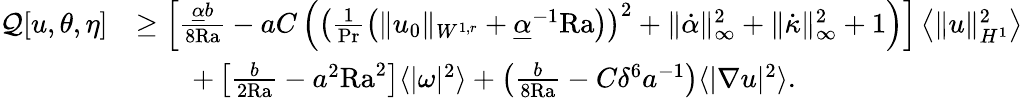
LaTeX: \begin{array}{rl}{\mathcal{Q}[u,\theta,\eta]}&{\geq\left[\frac{\underline{{\alpha}}b}{8\mathrm{{Ra}}}-aC\left(\left(\frac{1}{\mathrm{Pr}}\left(\| u_{0}\| _{W^{1,r}}+\underline{{\alpha}}^{-1}\mathrm{{Ra}}\right)\right)^{2}+\| \dot{\alpha}\| _{\infty}^{2}+\| \dot{\kappa}\| _{\infty}^{2}+1\right)\right]\left\langle\| u\| _{H^{1}}^{2}\right\rangle}\\ &{\qquad+\left[\frac{b}{2{\mathrm{Ra}}}-a^{2}\mathrm{{Ra}}^{2}\right]\langle|\omega|^{2}\rangle+\left(\frac{b}{8{\mathrm{Ra}}}-C\delta^{6}a^{-1}\right)\langle|\nabla u|^{2}\rangle.}\end{array}